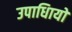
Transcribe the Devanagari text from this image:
उपाधिायों